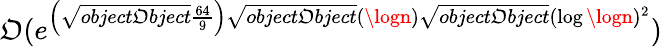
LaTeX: \mathfrak{O}(e^{\left({\sqrt{{{object\mathfrak{O}bject}}}{{\frac{{64}}{{9}}}}}\right){\sqrt{{{object\mathfrak{O}bject}}}{{(\logn)}}}{\sqrt{{{object\mathfrak{O}bject}}}{{(\log\logn)^{2}}}}})